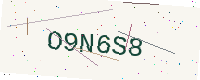
Text: O9N6S8